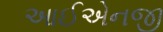
આઈએનજી